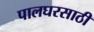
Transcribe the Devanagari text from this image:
पालघरसाठी